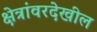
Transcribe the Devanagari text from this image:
क्षेत्रांवरदेखील